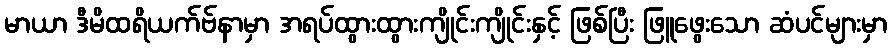
မာယာ ဒီမိထရိယက်ဗ်နာမှာ အရပ်ထွားထွားကျိုင်းကျိုင်းနှင့် ဖြစ်ပြီး ဖြူဖွေးသော ဆံပင်များမှာ